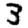
Digit: 3